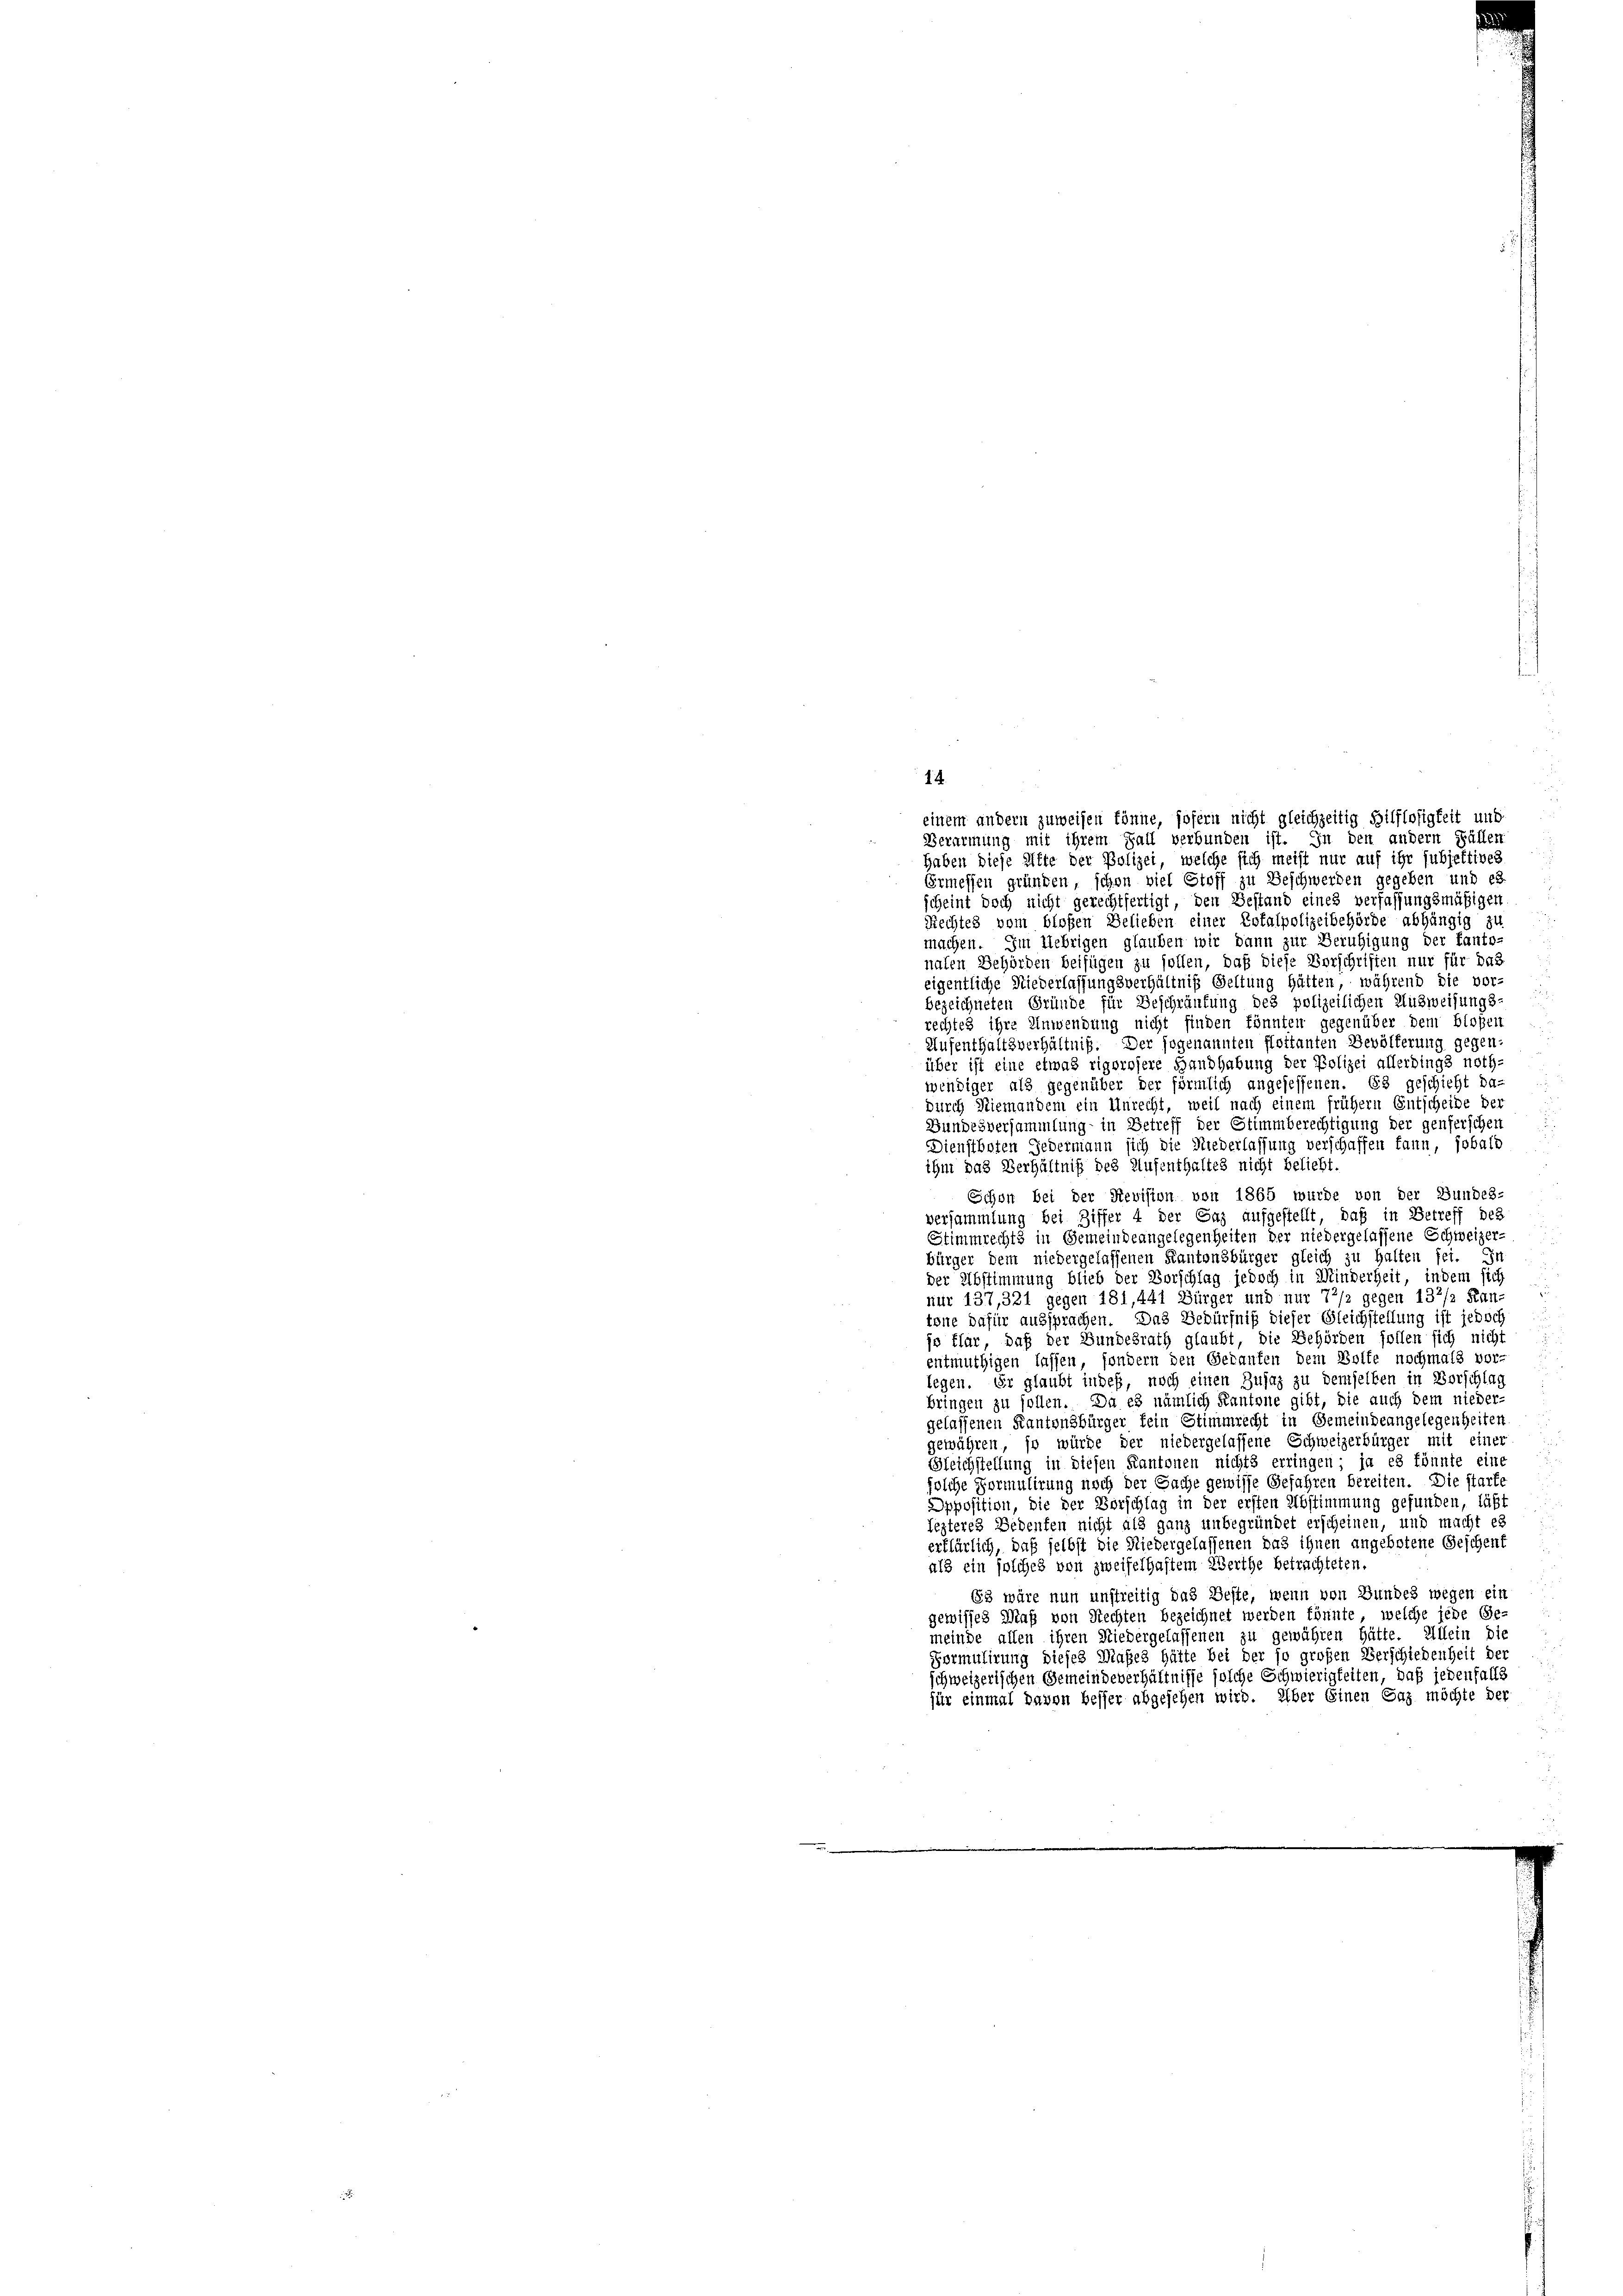
14.

einem andern zuweisen könne, sofern nicht gleichzeitig Hilflosigkeit und
Verarmung mit ihrem Fall verbunden ist. In den andern Fällen
haben diese Alte der Polizei, welche sich meist nur auf ihr subjektives
Ermessen gründen, schon viel Stoff zu Beschwerden gegeben und es
scheint doch nicht gerechtfertigt, den Gestand eines verfassungsmäßigen
Rechtes vom bloßen Belieben einer Totalpolizeibehörde abhängig zu
machen. Im Uebrigen glauben wir dann zur Beruhigung der kanto-
nalen Behörden beifügen zu sollen, daß diese Vorschriften nur für das
eigentliche Niederlassungsverhältniß Geltung hätten, während die vor-
bezeichneten Gründe für Beschränkung des polizeilichen Ausweisungs-
rechtes ihre Anwendung nicht finden könnten gegenüber dem bloßen
Aufenthaltsverhältniß. Der sogenannten flottanten Bevölkerung gegen-
über ist eine etwas rigorosere Handhabung der Polizei allerdings noth-
wendiger als gegenüber der förmlich angesessenen. Es geschicht da
durch Niemandem ein Unrecht, weil nach einem frühern Entscheibe der
Bundesversammlung in Betreff der Stimmberechtigung der genserschen
Dienstboten Jedermann sich die Niederlassung verschaffen kann, sobald
ihm das Verhältniß des Aufenthaltes nicht beliebt.
Schon bei der Revision von 1865 wurde von der Bundes-
versammlung bei Ziffer 4 der Saz aufgestellt, daß in Betreff des
Stimmrechts in Gemeindeangelegenheiten der niedergelassene Schweizer-
bürger dem niedergelassenen Kantonsbürger gleich zu halten sei. In
der Abstimmung blieb der Vorschlag jedoch in Minderheit, indem sich
nur 137,321 gegen 181,441 Bürger und nur 72/2 gegen 132/2 Kantöne dafür aussprachen. Das Bedürfniß dieser Gleichstellung ist jedoch
jo klar, daß der Bundesrath glaubt, die Behörden sollen sich nicht
entmuthigen lassen, sondern den Geraufen dem Bolte nochmals vor-
legen. Er glaubt indes, noch einen Zusaz zu demselben in Vorschlag
bringen zu sollen. Da es nämlich Kantone gibt, die auch dem nieder-
gelassenen Kantonsbürger fein Stimmrecht in Gemeindeangelegenheiten
gewähren, so würde der niedergelassene Schweizerbürger mit einer
Gleichstellung in diesen Kantonen nichts erringen; ja es könnte eine
solche Formulirung noch der Sache gewisse Gefahren bereiten. Die stark,
Opposition, die der Vorschlag in der ersten Abstimmung gefunden, läßt
lezteres Bedeuten nicht als ganz unbegründet erscheinen, und macht es
erklärlich, daß selbst die Niedergelassenen das ihnen angebotene Geschenf
als ein solches von zweifelhaftem Werthe betrachteten.
63 wäre nun unstreitig das Beste, wenn von Bundes wegen ein
gewisses Maß von Rechten bezeichnet werden könnte, welche jede Ge-
meinde allen ihren Niedergelassenen zu gewähren hätte. Allein die
Formulirung dieses Maßes hätte bei der so großen Verschiedenheit der
schweizerischen Gemeindeverhältnisse solche Schwierigkeiten, daß jedenfalls
für einmal davon besser abgesehen wird. Über Einen Faz möchte der